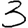
Digit: 3